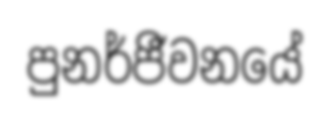
පුනර්ජීවනයේ